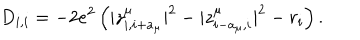
D _ { i , i } = - 2 e ^ { 2 } \left( | z _ { i , i + a _ { \mu } } ^ { \mu } | ^ { 2 } - | z _ { i - a _ { \mu } , i } ^ { \mu } | ^ { 2 } - r _ { i } \right) .